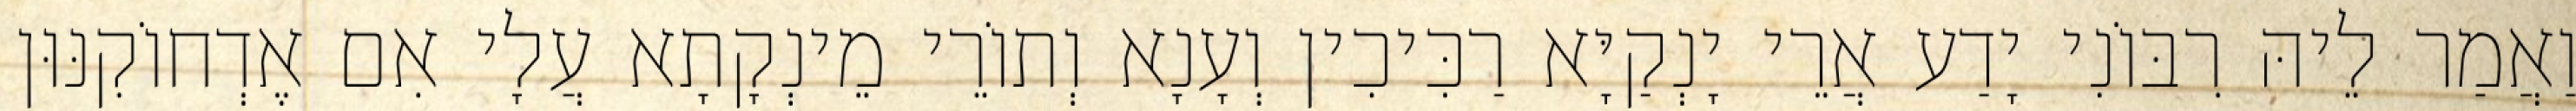
וַאֲמַר לֵיהּ רִבּוֹנִי יָדַע אֲרֵי יָנְקַיָּא רַכִּיכִין וְעָנָא וְתוֹרֵי מֵינְקָתָא עֲלָי אִם אֶדְחוֹקִנּוּן